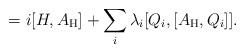
LaTeX: \begin{align*}\mbox{} = i [H, A_{\rm H}] +\sum_{i}^{ } \lambda_{i}[Q_{i}, [ A_{\rm H},Q_{i}]] .\end{align*}